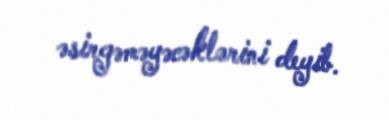
əsirgəməyəcəklərini deyib.